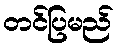
တင်ပြမည်